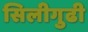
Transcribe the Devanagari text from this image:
सिलीगुढी